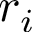
r _ { i }